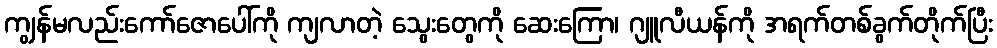
ကျွန်မလည်းကော်ဇောပေါ်ကို ကျလာတဲ့ သွေးတွေကို ဆေးကြော၊ ဂျူလီယန်ကို အရက်တစ်ခွက်တိုက်ပြီး